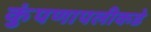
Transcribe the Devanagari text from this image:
कुंपणापलीकडे